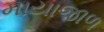
માયાજાળ